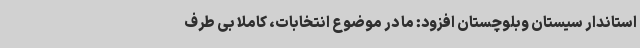
استاندار سیستان وبلوچستان افزود: ما در موضوع انتخابات، کاملا بی طرف